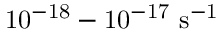
\mathrm { 1 0 ^ { - 1 8 } - 1 0 ^ { - 1 7 } \ s ^ { - 1 } }